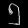
Digit: ၅